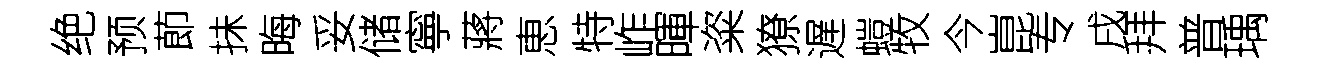
绝预莭抺晦妥储寧蔣恵特岞暉粢獠遅螘牧今崑专戌拜普瑀